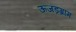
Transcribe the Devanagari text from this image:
ऊजड़ग्राम